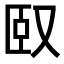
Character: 𠭃